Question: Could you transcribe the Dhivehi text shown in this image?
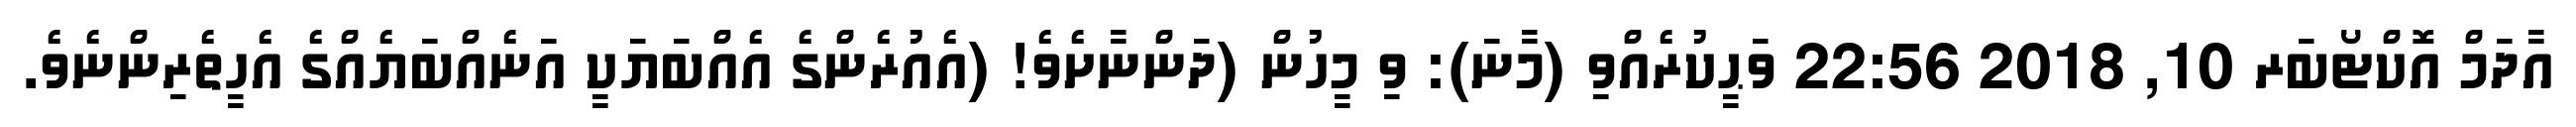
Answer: އާދަމް އޮކްޓޯބަރ 10, 2018 22:56 ވަޙީކުރެއްވި (މާނަ): ވި މީހުން (ދަންނާށެވެ! (އެއުރެންގެ އެއްބަޔަކީ އަނެއްބަޔެއްގެ އެހީތެރިންނެވެ.